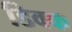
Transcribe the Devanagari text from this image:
डिवक